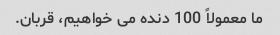
ما معمولاً 100 دنده می خواهیم، ​​قربان.